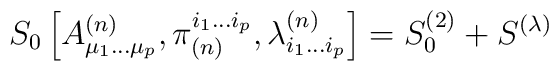
S_0\left[A^{(n)}_{\mu _1...\mu _p},\pi ^{i_1...i_p}_{(n)},\lambda ^{(n)}_{i_1...i_p}\right]=S^{(2)}_0+S^{(\lambda )}